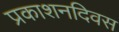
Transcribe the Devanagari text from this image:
प्रकाशनदिवस